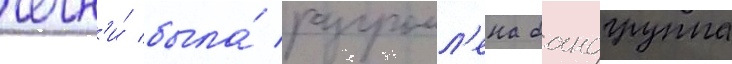
чечн'и́ была́ разгромл'ена бандгруппа